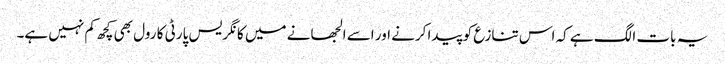
یہ بات الگ ہے کہ اس تنازع کو پیدا کرنے اور اسے الجھانے میں کانگریس پارٹی کا رول بھی کچھ کم نہیں ہے۔